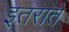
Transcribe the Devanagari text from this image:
इतराते